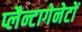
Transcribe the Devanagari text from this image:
प्लैन्टागेनेटों